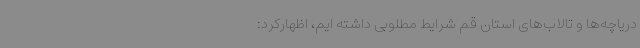
دریاچه‌ها و تالاب‌های استان قم شرایط مطلوبی داشته ایم، اظهارکرد: